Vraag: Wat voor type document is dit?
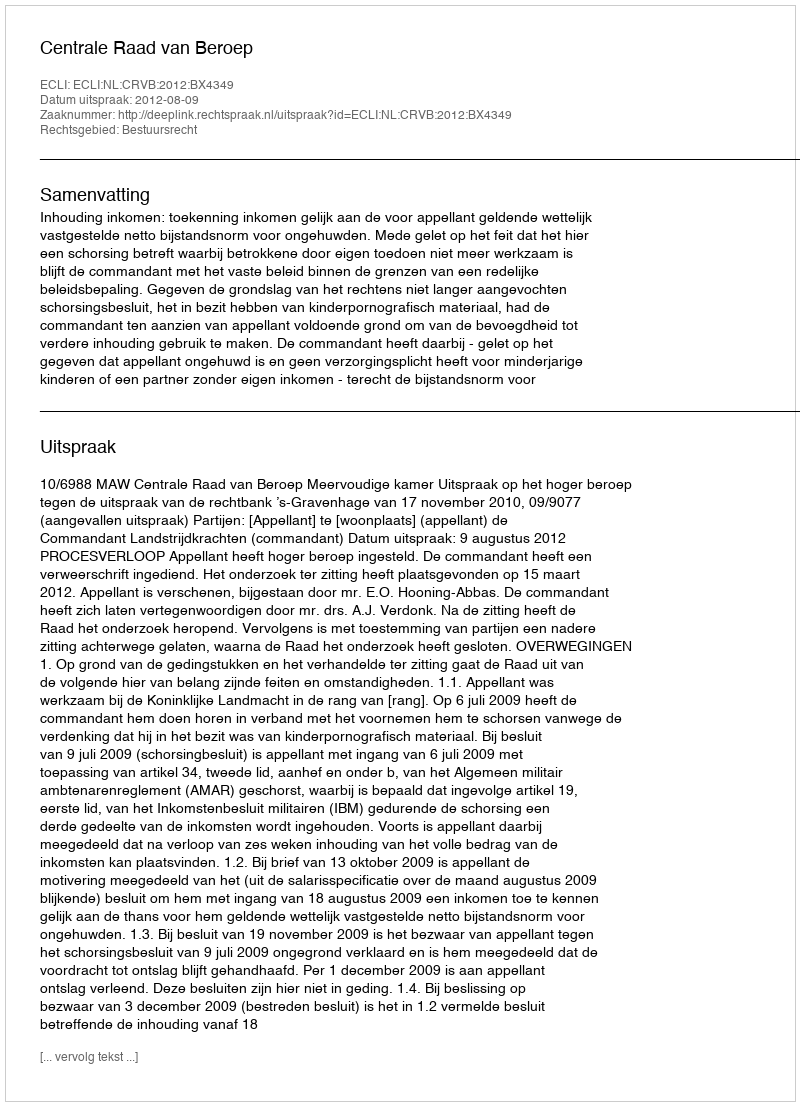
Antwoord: Uitspraak